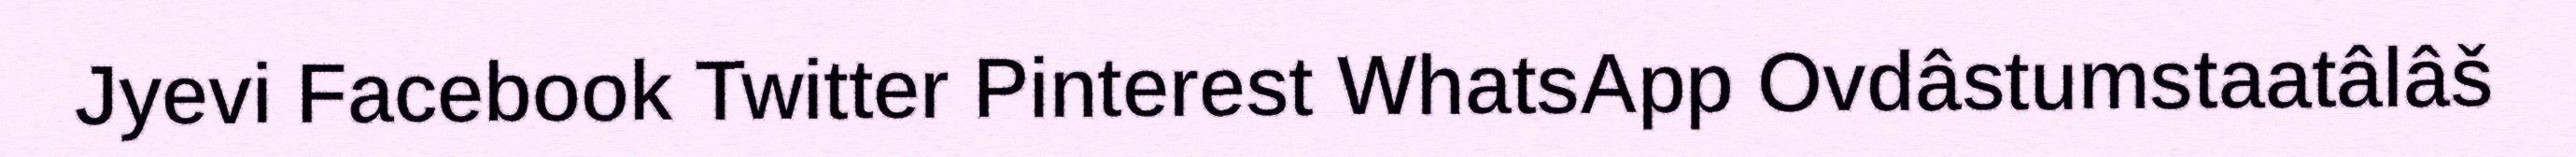
Jyevi Facebook Twitter Pinterest WhatsApp Ovdâstumstaatâlâš